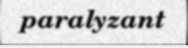
paralyzant